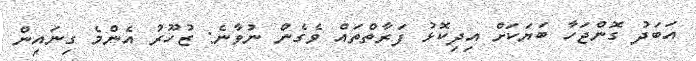
އަބަދު ގޮންޖަހާ ބަޔަކަށް އިދިކޮޅު ފަރާތްތައް ވެގެން ނުވާނެ: ޒުހޫރު އެންމެ ގިނައިން